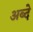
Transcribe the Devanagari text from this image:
अब्दे